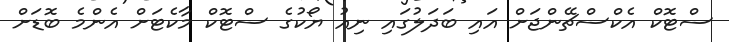
ސްޓޮކް އެކްސްޗޭންޖަށް އައި ބަދަލުގައި ނިއު ޔޯކުގެ ސްޓޮކް މާކެޓަށް އެންމެ ބޮޑަށް